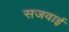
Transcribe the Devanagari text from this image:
सजवाई